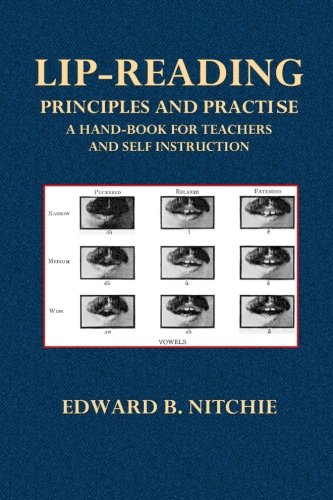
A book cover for Lip-Reading  Principles and Practise: A Hand-Book for Teachers and Self Instruction; Edward B. Nitchie; Self-Help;